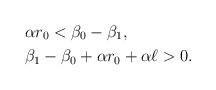
LaTeX: \begin{align*}&\alpha r_0<\beta_0-\beta_1,\\&\beta_1-\beta_0+\alpha r_0+\alpha \ell>0.\end{align*}